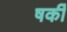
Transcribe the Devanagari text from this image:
षर्की